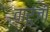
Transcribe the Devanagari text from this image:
वारुंजी